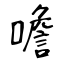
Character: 噡